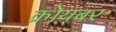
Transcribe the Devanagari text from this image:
क्रोयबर